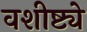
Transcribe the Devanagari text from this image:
वशीष्ट्ये